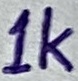
Text: 1K